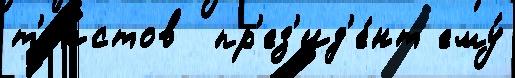
т'е́кстов  пр'ез'ид'е́нт ему́